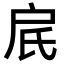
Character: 𬇋